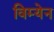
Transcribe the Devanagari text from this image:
विम्येन